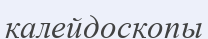
калейдоскопы